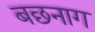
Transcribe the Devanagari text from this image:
बछनाग